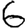
Digit: 6